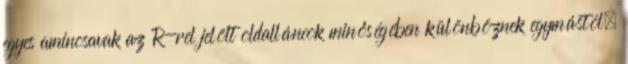
egyes aminosavak az R-rel jelölt oldalláncok minőségében különböznek egymástól.